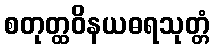
စတုတ္ထဝိနယဓရသုတ္တံ